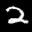
Label: 2